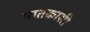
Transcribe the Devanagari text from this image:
पातकासी